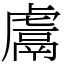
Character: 鬳